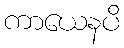
ကာယေနပိ